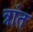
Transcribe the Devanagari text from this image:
त्रांत